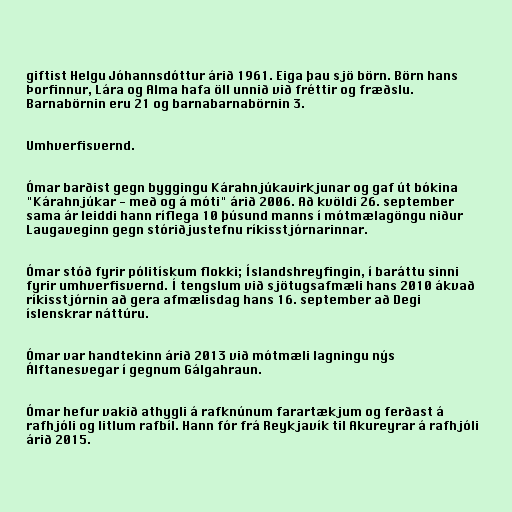
giftist Helgu Jóhannsdóttur árið 1961. Eiga þau sjö börn. Börn hans
Þorfinnur, Lára og Alma hafa öll unnið við fréttir og fræðslu.
Barnabörnin eru 21 og barnabarnabörnin 3.

Umhverfisvernd.

Ómar barðist gegn byggingu Kárahnjúkavirkjunar og gaf út bókina
"Kárahnjúkar - með og á móti" árið 2006. Að kvöldi 26. september
sama ár leiddi hann ríflega 10 þúsund manns í mótmælagöngu niður
Laugaveginn gegn stóriðjustefnu ríkisstjórnarinnar.

Ómar stóð fyrir pólitískum flokki; Íslandshreyfingin, í baráttu sinni
fyrir umhverfisvernd. Í tengslum við sjötugsafmæli hans 2010 ákvað
ríkisstjórnin að gera afmælisdag hans 16. september að Degi
íslenskrar náttúru.

Ómar var handtekinn árið 2013 við mótmæli lagningu nýs
Álftanesvegar í gegnum Gálgahraun.

Ómar hefur vakið athygli á rafknúnum farartækjum og ferðast á
rafhjóli og litlum rafbíl. Hann fór frá Reykjavík til Akureyrar á rafhjóli
árið 2015.